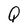
Character: Q